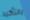
بالتأكيد